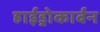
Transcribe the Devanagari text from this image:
हाईड्रोकार्बन